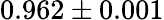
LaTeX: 0.962\pm 0.001